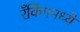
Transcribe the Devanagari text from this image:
रँकिंगमध्ये